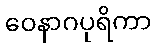
ဝေနာဂပုရိကာ